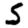
Digit: 5